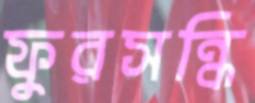
ফুরসন্ধি